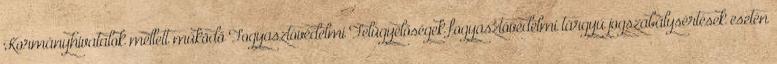
Kormányhivatalok mellett működő Fogyasztóvédelmi Felügyelőségek fogyasztóvédelmi tárgyú jogszabálysértések esetén